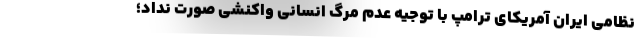
نظامی ایران آمریکای ترامپ با توجیه عدم مرگ انسانی واکنشی صورت نداد؛